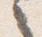
之